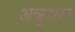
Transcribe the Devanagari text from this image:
अन्नुअल